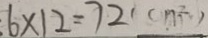
. 6 \times 1 2 = 7 2 ( c m ^ { 2 } )